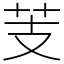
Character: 芰